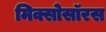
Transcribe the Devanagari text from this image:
मिक्सोसॉरस